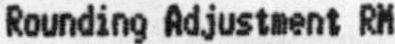
ROUNDING ADJUSTMENT RM